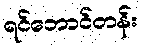
ရင်ဘောင်တန်း